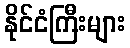
နိုင်ငံကြီးများ